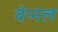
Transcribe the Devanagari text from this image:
वेन्नल